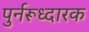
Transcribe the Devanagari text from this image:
पुर्नरूध्दारक